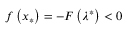
f \left( x _ { * } \right) = - F \left( \lambda ^ { * } \right) < 0